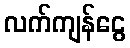
လက်ကျန်ငွေ